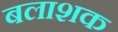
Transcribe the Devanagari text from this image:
बलाशक